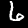
Label: 6